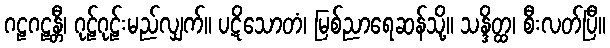
ဂဠဂဠန္တီ၊ ဂုဠ်ဂုဠ်းမည်လျှက်။ ပဋိသောတံ၊ မြစ်ညာရေဆန်သို့။ သန္ဒိတ္ထ၊ စီးလတ်ပြီ။